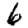
Digit: 6